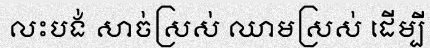
លះបង់ សាច់ស្រស់ ឈាមស្រស់ ដើម្បី